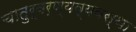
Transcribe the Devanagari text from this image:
चातुर्वर्ण्यव्यवस्था